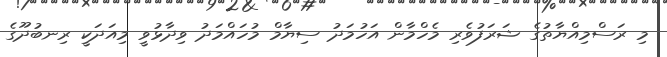
މި ރަސްމިއްޔާތުގެ ޝަރަފުވެރި މެހްމާން އަހުމަދު ސިޔާމް މުހައްމަދު ވިދާޅުވީ މިއަދަކީ ރިނބުދޫގެ